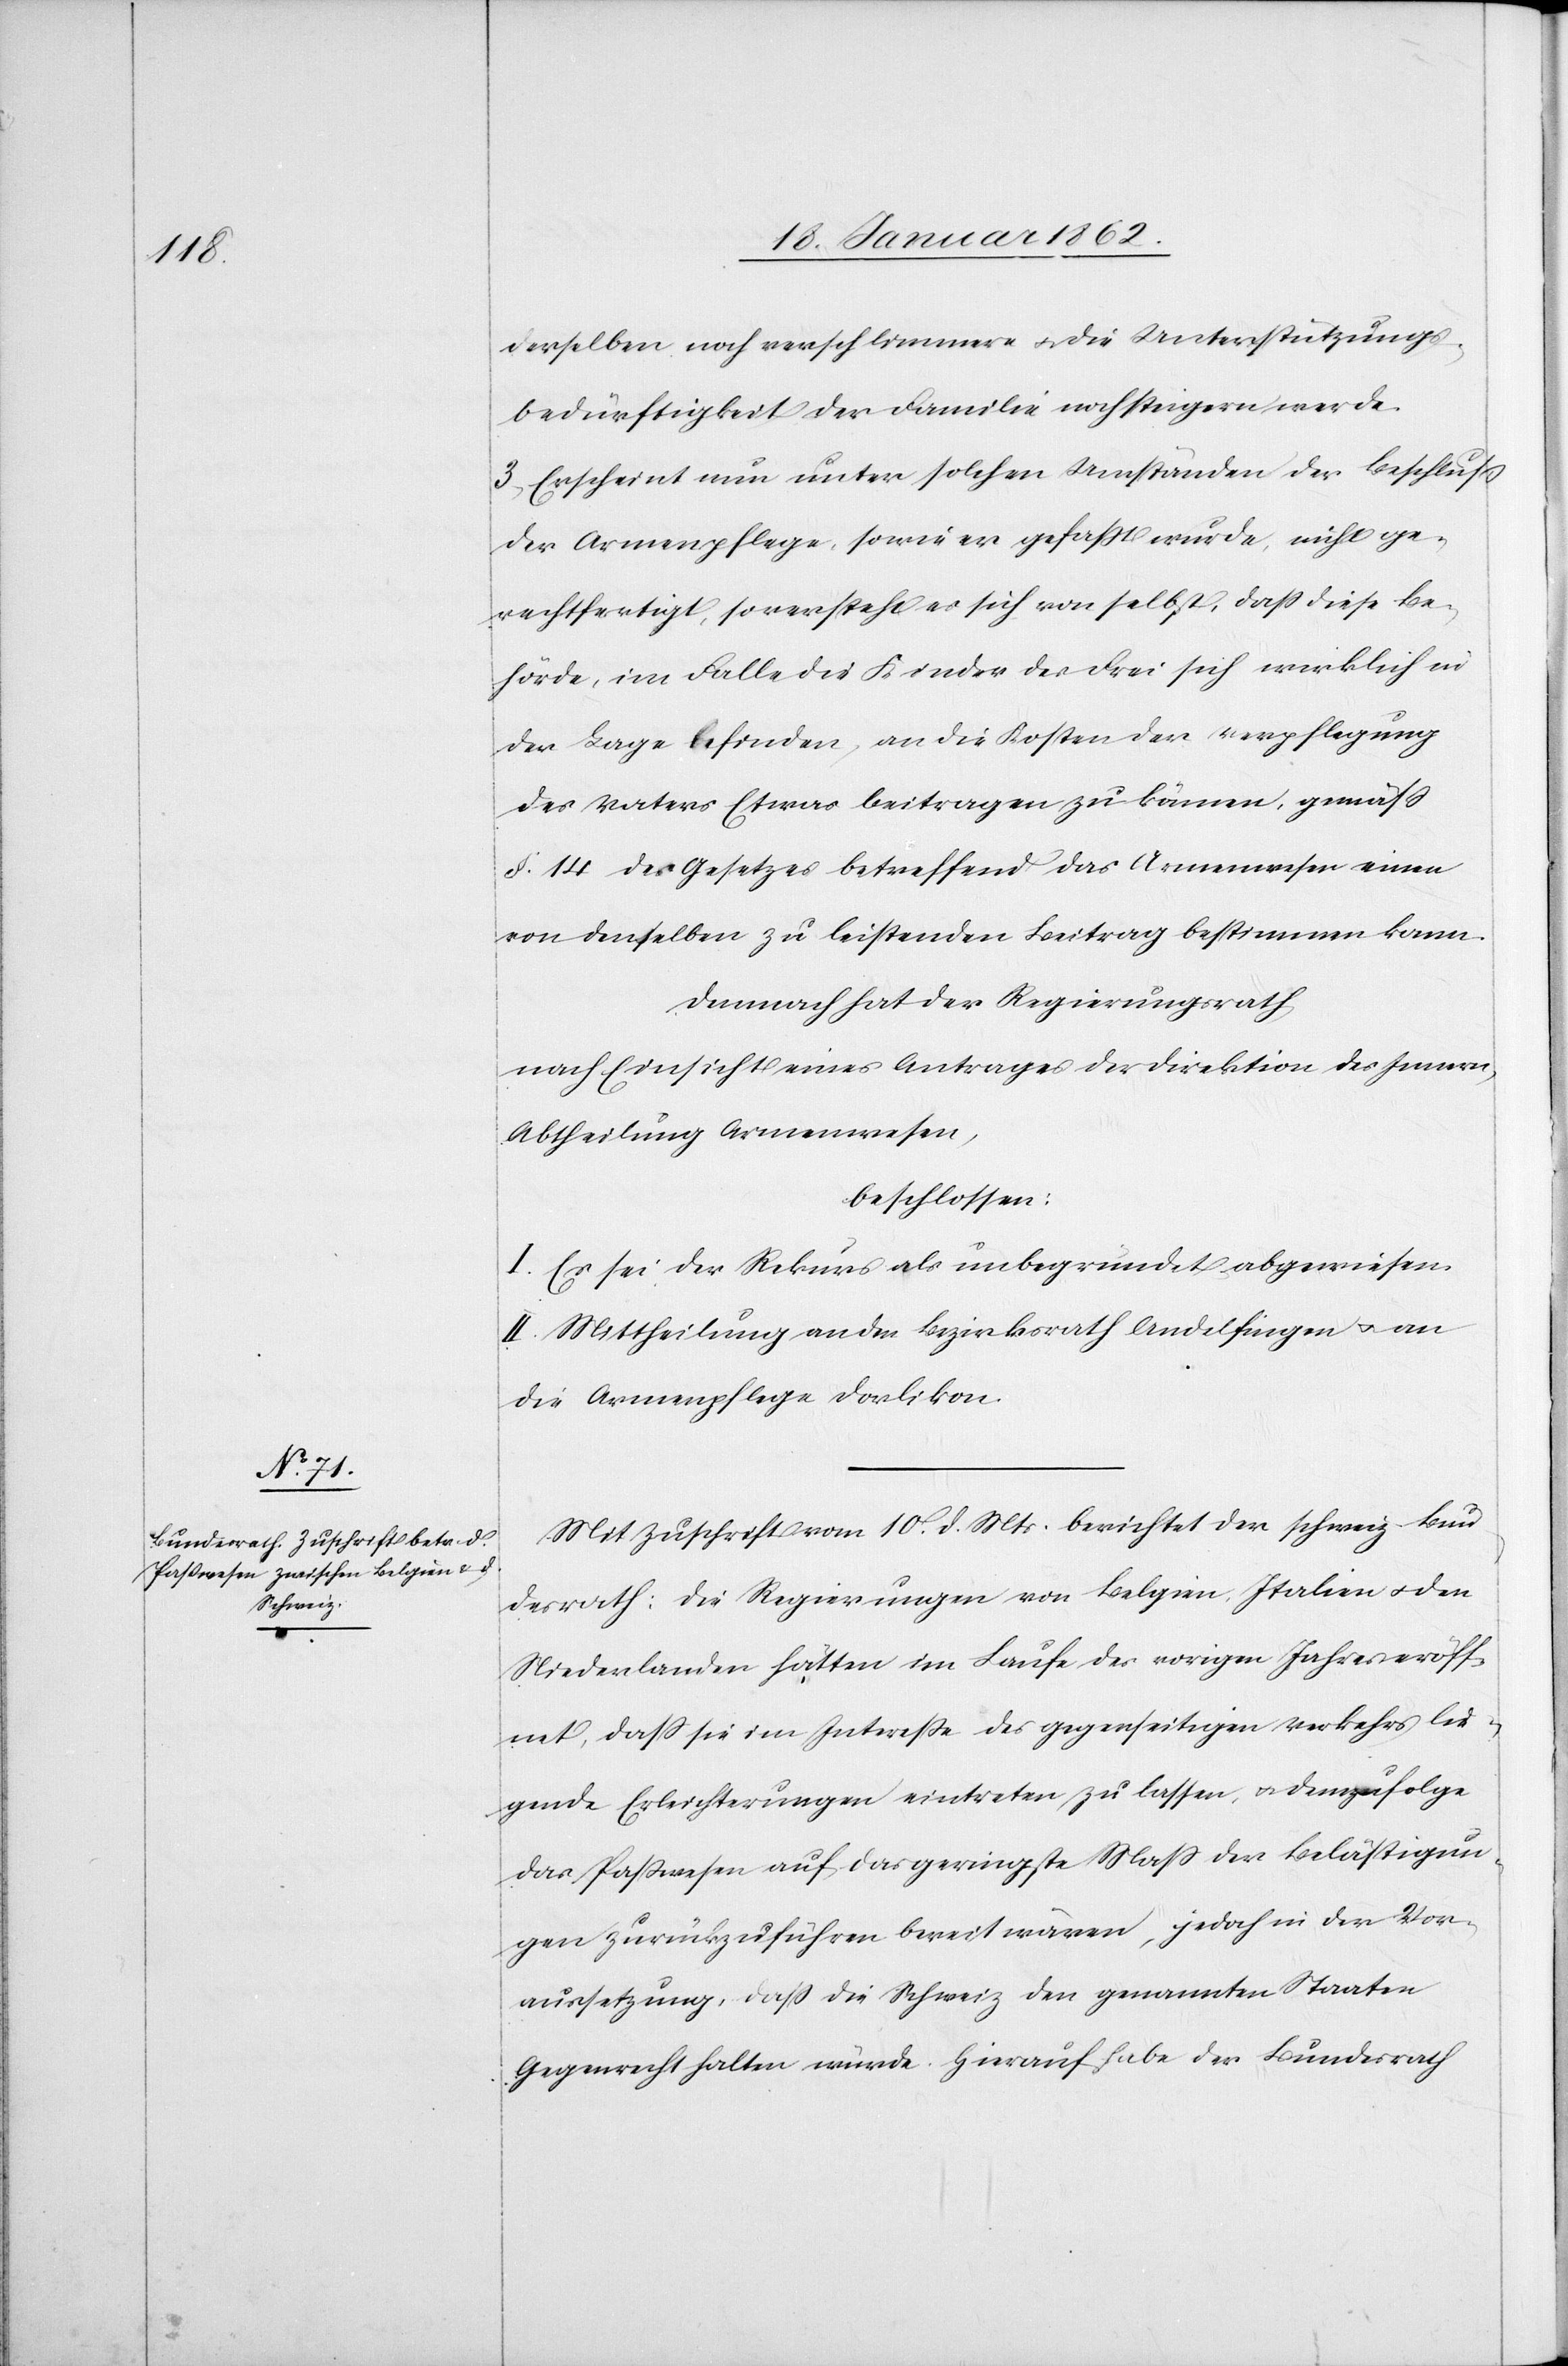
derselben noch verschlimmere u. die Unterstützungs¬
bedürftigkeit der Familie noch steigern werde.
3) Erscheint nun unter solchen Umständen der Beschluß
der Armenpflege, sowie er gefaßt wurde, nicht ge¬
rechtfertigt, so versteht es sich von selbst, daß diese Be¬
hörde, im Falle die Kinder des Frei sich wirklich in
der Lage befinden, an die Kosten der Verpflegung
des Vaters Etwas beitragen zu können, gemäß
§. 14 des Gesetzes betreffend das Armenwesen einen
von denselben zu leistenden Beitrag bestimmen kann.
Demnach hat der Regierungsrath
nach Einsicht eines Antrages der Direktion des Innern,
Abtheilung Armenwesen,
beschlossen:
I. Es sei der Rekurs als unbegründet abgewiesen.
II. Mittheilung an den Bezirksrath Andelfingen u. an
die Armenpflege Dorlikon.
Mit Zuschrift vom 10. d. Mts. berichtet der schweiz. Bun¬
desrath: die Regierungen von Belgien, Italien u. den
Niederlanden hätten im Laufe des vorigen Jahres eröff¬
net, daß sie im Intereße des gegenseitigen Verkehrs lie¬
gende Erleichterungen eintreten zu lassen, u. demzufolge
das Paßwesen auf das geringste Maß der Belästigun¬
gen zurückzuführen bereit wären, jedoch in der Vor¬
aussetzung, daß die Schweiz den genannten Staaten
Gegenrecht halten würde. Hierauf habe der Bundesrath